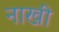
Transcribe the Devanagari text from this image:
नाखी